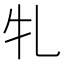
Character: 𭷓